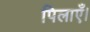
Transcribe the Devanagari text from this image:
पिलाएँ।